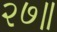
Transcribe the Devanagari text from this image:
२७॥